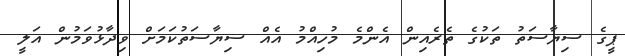
ޕީގެ ސިޔާސަތު ތަކުގެ ތެރެއިން އެންމެ މުހިއްމު އެއް ސިޔާސަތުކަމަށް ވިދާޅުވަމުން އަލީ